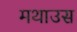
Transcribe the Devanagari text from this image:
मथाउस